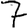
Digit: 7